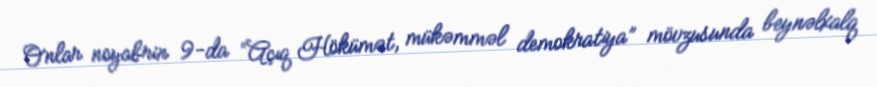
Onlar noyabrin 9-da “Açıq Hökümət, mükəmməl demokratiya” mövzusunda beynəlxalq